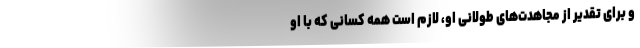
و برای تقدیر از مجاهدت‌های طولانی او، ‌لازم است همه کسانی که با او